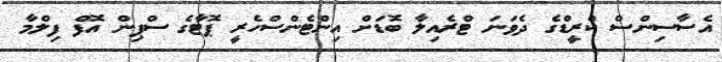
އެސާސިންސް ކްރީޑްގެ ދެވަނަ ޓްރެއިލާ ބޮޑަށް އިންޓެންސްހެރީ ޕޮޓާގެ ސްޕިން އޮފް ފިލްމާ